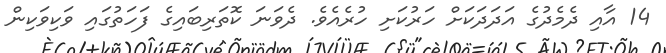
14 އާއި ދެމެދުގެ އަދަދަކަށް ހަރުކަށި ހުރެއެވެ. ދެވަނަ ކޮތަރިބައިގެ ފަހަތުގައި ވަކިވަކިން